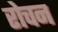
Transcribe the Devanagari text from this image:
रोचन